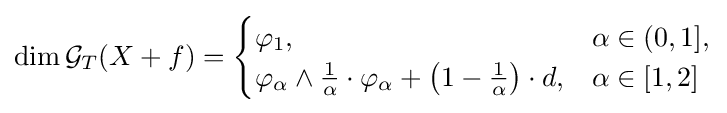
\dim {\mathcal {G}}_{T}(X+f)={\begin{cases}\varphi _{1},&\alpha \in (0,1],\\\varphi _{\alpha }\wedge {\frac {1}{\alpha }}\cdot \varphi _{\alpha }+\left(1-{\frac {1}{\alpha }}\right)\cdot d,&\alpha \in [1,2]\end{cases}}